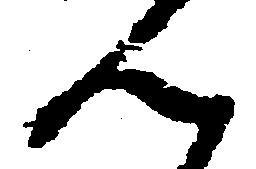
ん